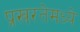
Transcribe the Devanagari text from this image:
प्रखरतेमध्ये